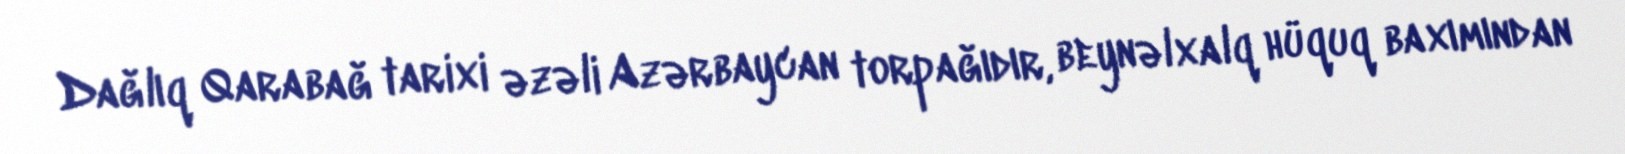
Dağlıq Qarabağ tarixi əzəli Azərbaycan torpağıdır, beynəlxalq hüquq baxımından